Indian journal of veterinary science and animal husbandry - Volume 3,
Year: 1933
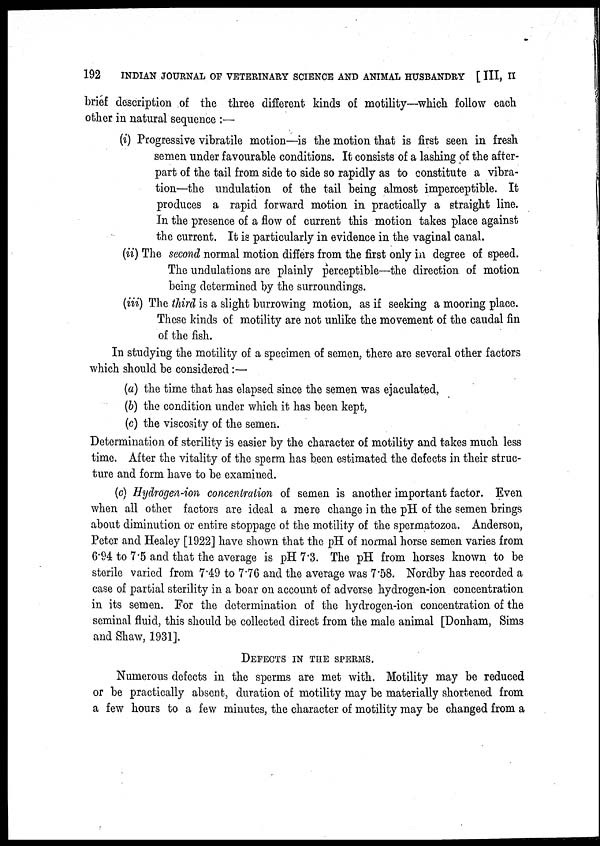
192
INDIAN JOURNAL OF VETERINARY SCIENCE AND ANIMAL HUSBANDRY [ III, II
brief description of the three different kinds of motility—which follow each
other in natural sequence :—
(i) Progressive vibratile motion—is the motion that is first seen in fresh
semen under favourable conditions. It consists of a lashing of the after-
part of the tail from side to side so rapidly as to constitute a vibra-
tion—the undulation of the tail being almost imperceptible. It
produces a rapid forward motion in practically a straight line.
In the presence of a flow of current this motion takes place against
the current. It is particularly in evidence in the vaginal canal.
(ii) The second normal motion differs from the first only in degree of speed.
The undulations are plainly perceptible—the direction of motion
being determined by the surroundings.
(iii) The third is a slight burrowing motion, as if seeking a mooring place.
These kinds of motility are not unlike the movement of the caudal fin
of the fish.
In studying the motility of a specimen of semen, there are several other factors
which should be considered:—
(a) the time that has elapsed since the semen was ejaculated,
(b) the condition under which it has been kept,
(c) the viscosity of the semen.
Determination of sterility is easier by the character of motility and takes much less
time. After the vitality of the sperm has been estimated the defects in their struc-
ture and form have to be examined.
(c) Hydrogen-ion concentration of semen is another important factor. Even
when all other factors are ideal a mere change in the pH of the semen brings
about diminution or entire stoppage of the motility of the spermatozoa. Anderson,
Peter and Healey [1922] have shown that the pH of normal horse semen varies from
6.94 to 7.5 and that the average is pH 7.3. The pH from horses known to be
sterile varied from 7.49 to 7.76 and the average was 7.58. Nordby has recorded a
case of partial sterility in a boar on account of adverse hydrogen-ion concentration
in its semen. For the determination of the hydrogen-ion concentration of the
seminal fluid, this should be collected direct from the male animal [Donham, Sims
and Shaw, 1931].
DEFECTS IN THE SPERMS.
Numerous defects in the sperms are met with. Motility may be reduced
or be practically absent, duration of motility may be materially shortened from
a few hours to a few minutes, the character of motility may be changed from a